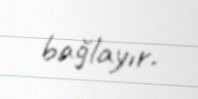
bağlayır.